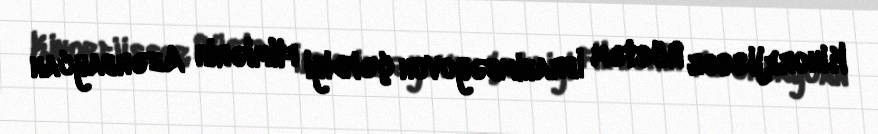
Kinorejissor Rüstəm İbrahimbəyovun çəkdiyi filmlərin Azərbaycan